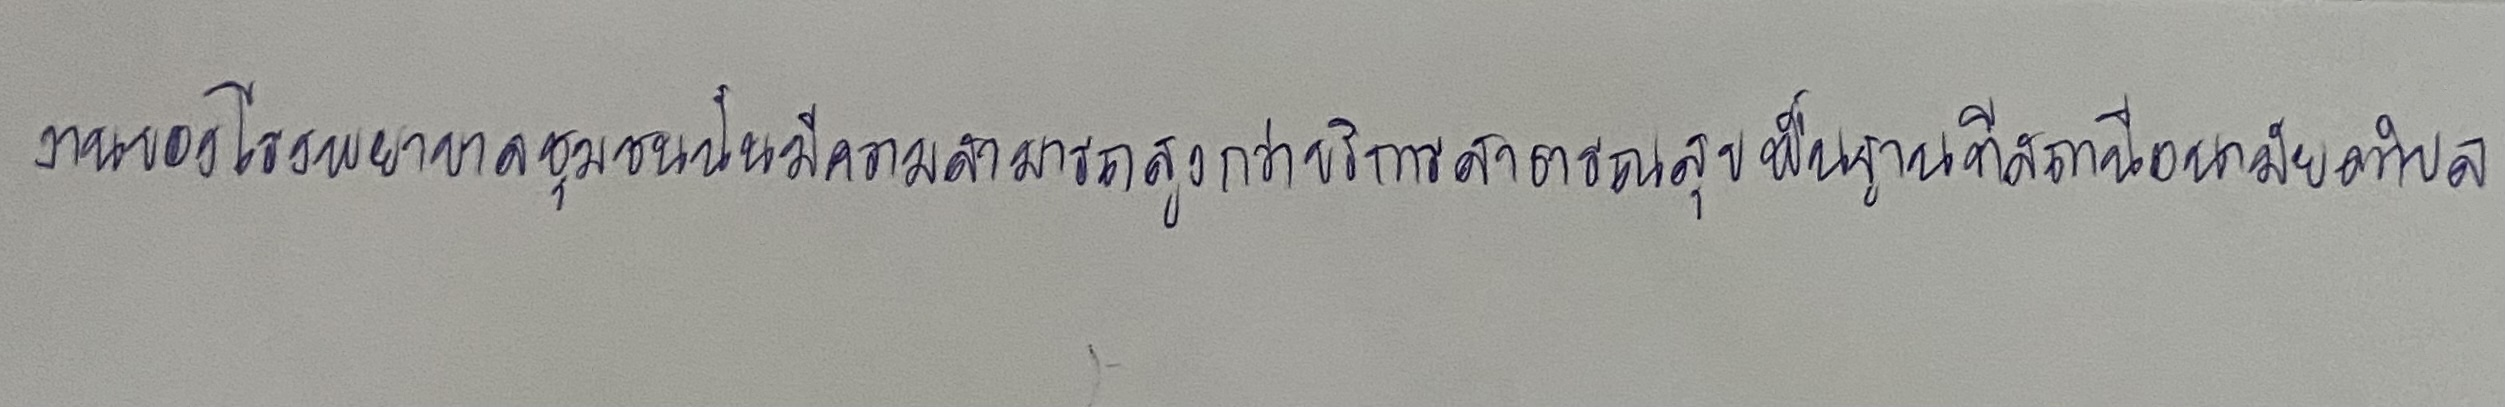
งานของโรงพยาบาลชุมชนนั้นมีความสามารถสูงกว่าบริการสาธารณสุขพื้นฐานที่สถานีอนามัยตำบล